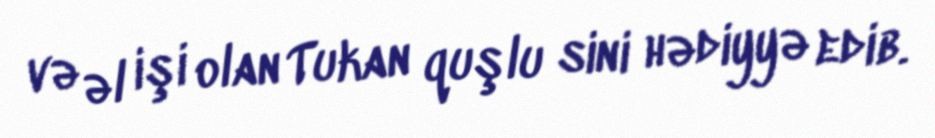
və əl işi olan Tukan quşlu sini hədiyyə edib.